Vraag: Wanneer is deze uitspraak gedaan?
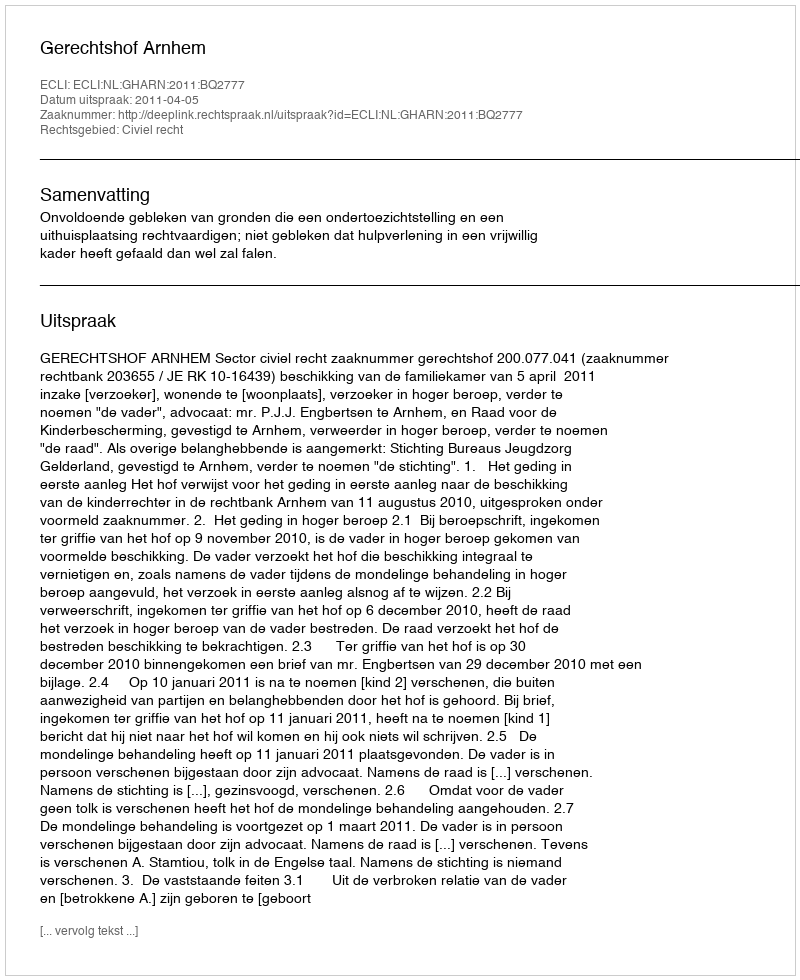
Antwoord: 2011-04-05